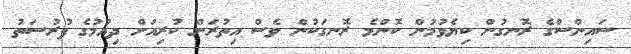
ސައިންސްގެ ރޮނގުން ކިޔެވުމުން ކޮންމެ ރޮނގަކުން ވެސް އިތުރަށް ކުރިއަށް ދިއުމުގެ ފުރުސަތު